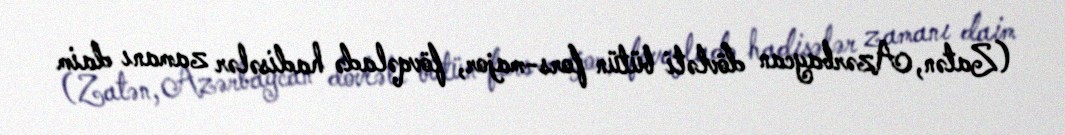
(Zatən, Azərbaycan dövləti bütün fors-major, fövqəladə hadisələr zamanı daim